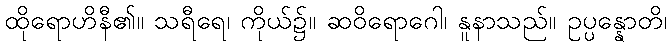
ထိုရောဟိနီ၏။ သရီရေ၊ ကိုယ်၌။ ဆဝိရောဂေါ၊ နူနာသည်။ ဥပ္ပန္နောတိ၊